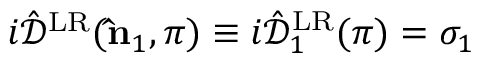
i \hat { \mathcal { D } } ^ { \mathrm { L R } } ( { \bf \hat { n } } _ { 1 } , \pi ) \equiv i \hat { \mathcal { D } } _ { 1 } ^ { \mathrm { L R } } ( \pi ) = \sigma _ { 1 }